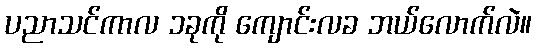
ပညာသင်ကာလ ၁ခုကို ကျောင်းလခ ဘယ်လောက်လဲ။